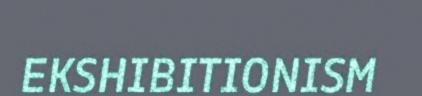
EKSHIBITIONISM